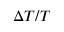
\Delta T / T